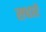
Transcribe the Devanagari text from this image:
सधारें